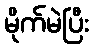
မိုက်မဲပြီး